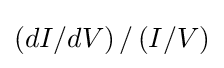
\left(dI/dV\right)/\left(I/V\right)